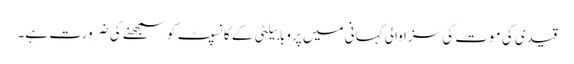
قیدی کی موت کی سزا والی کہانی میں پروبابیلٹی کے کانسپٹ کو سمجھنے کی ضرورت ہے۔